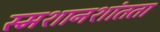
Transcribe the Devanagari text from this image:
स्मशानशांतता